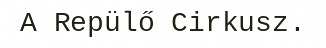
A Repülő Cirkusz.